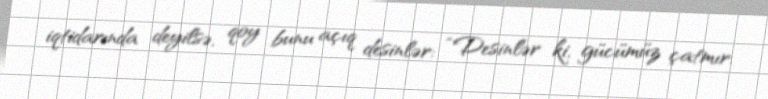
iqtidarında deyilsə, qoy bunu açıq desinlər: “Desinlər ki, gücümüz çatmır.